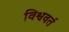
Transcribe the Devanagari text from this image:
विश्ववर्त